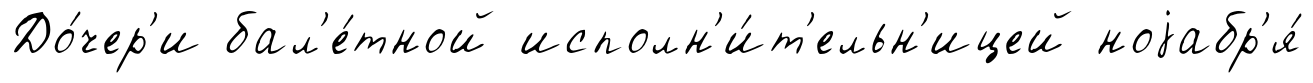
До́чер'и бал'е́тной исполн'и́т'ельн'ицей ноjабр'я́